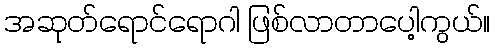
အဆုတ်ရောင်ရောဂါ ဖြစ်လာတာပေါ့ကွယ်။